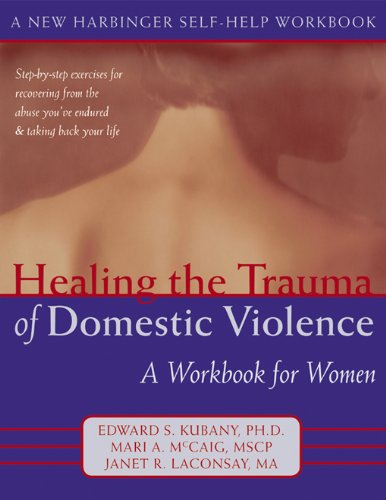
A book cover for Healing the Trauma of Domestic Violence: A Workbook for Women (New Harbinger Self-Help Workbook); Mari McCaig MSW; Self-Help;